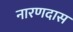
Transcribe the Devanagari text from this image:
नारणदास